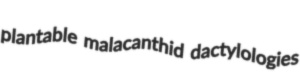
plantable malacanthid dactylologies